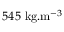
5 4 5 ~ \mathrm { k g } . \mathrm { m } ^ { - 3 }